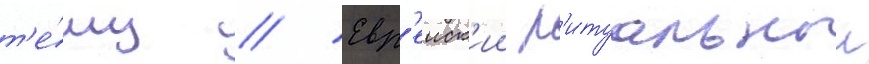
т'е́му // Евр'еиск'ии р'итуальныи